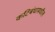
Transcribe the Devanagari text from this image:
कटिबंधामधील